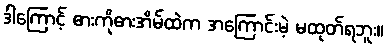
ဒါကြောင့် ဓားကိုဓားအိမ်ထဲက အကြောင်းမဲ့ မထုတ်ရဘူး။